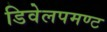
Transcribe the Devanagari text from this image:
डिवेलपमण्ट